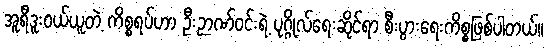
အူရီဒူးဝယ်ယူတဲ့ ကိစ္စရပ်ဟာ ဦးဉာဏ်ဝင်းရဲ့ ပုဂ္ဂိုလ်ရေးဆိုင်ရာ စီးပွားရေးကိစ္စဖြစ်ပါတယ်။